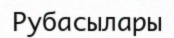
Рубасылары